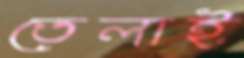
তেলাই